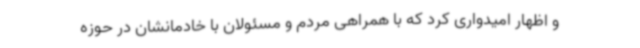
و اظهار امیدواری کرد که با همراهی مردم و مسئولان با خادمانشان در حوزه